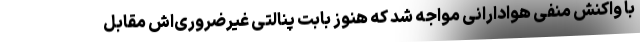
با واکنش منفی هوادارانی مواجه شد که هنوز بابت پنالتی غیرضروری‌اش مقابل